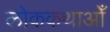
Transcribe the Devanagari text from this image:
लोककथाओँ